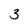
Character: 3